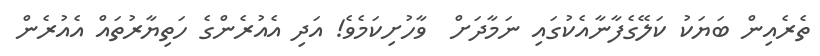
ތެރެއިން ބަޔަކު ކަލޭގެފާނާއެކުގައި ނަމާދަށް  ވާހުށިކަމެވެ! އަދި އެއުރެންގެ ހަތިޔާރުތައް އެއުރެން